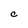
Character: C